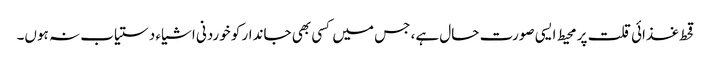
قحط غذائی قلت پر محیط ایسی صورت حال ہے، جس میں کسی بھی جاندار کو خوردنی اشیاء دستیاب نہ ہوں۔